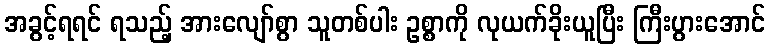
အခွင့်ရရင် ရသည့် အားလျော်စွာ သူတစ်ပါး ဥစ္စာကို လုယက်ခိုးယူပြီး ကြီးပွားအောင်